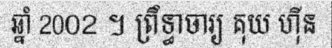
ឆ្នាំ 2002 ។ ព្រឹទ្ធាចារ្យ គុយ ហ៊ីន